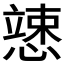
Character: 𱟍